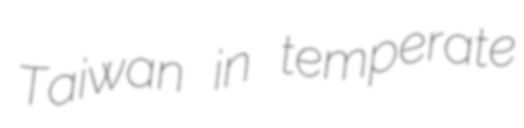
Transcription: Taiwan in temperate